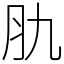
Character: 肍